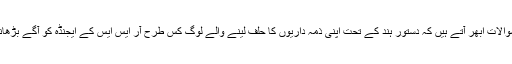
اس اجلاس سے یہ بھی سوالات ابھر آتے ہیں کہ دستور ہند کے تحت اپنی ذمہ داریوں کا حلف لینے والے لوگ کس طرح آر ایس ایس کے ایجنڈہ کو آگے بڑھانے کا عہد کرسکتے ہیں۔